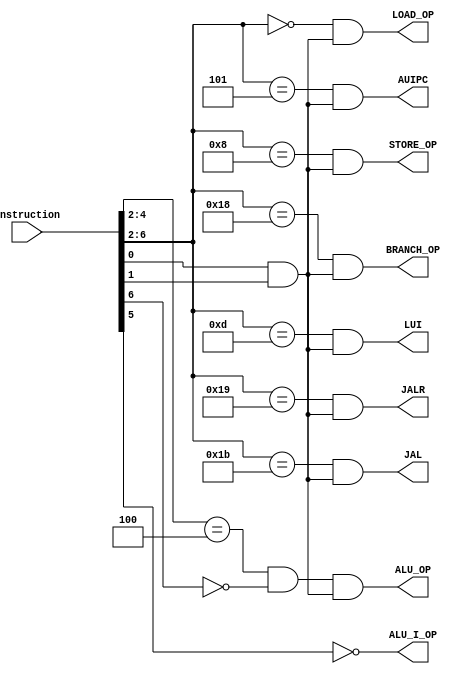
`timescale 1ns/1ps

module decoder(
    instruction,
    ALU_OP,
    ALU_I_OP,
    LOAD_OP,
    STORE_OP,
    BRANCH_OP,
    LUI,
    AUIPC,
    JAL,
    JALR
);

    input wire [31:0] instruction;
    // Compute instructions
    output wire ALU_OP;
    output wire ALU_I_OP;
    // Memory instructions
    output wire LOAD_OP;  
    output wire STORE_OP; 
    // Branch instructions
    output wire BRANCH_OP;
    // Special instructions
    output wire LUI;
    output wire AUIPC;
    output wire JAL;
    output wire JALR;

    wire valid_op;
    wire [6:0] opcode = instruction[6:0];
    // Opcode decoding
    assign valid_op  = opcode[0] && opcode[1];
    assign ALU_OP    = opcode[4:2] == 3'b100 && !opcode[6] && valid_op;
    assign ALU_I_OP  = !opcode[5];
    assign LOAD_OP   = opcode[6:2] == 5'b00000 && valid_op;
    assign STORE_OP  = opcode[6:2] == 5'b01000 && valid_op;
    assign BRANCH_OP = opcode[6:2] == 5'b11000 && valid_op;
    assign LUI       = opcode[6:2] == 5'b01101 && valid_op;
    assign AUIPC     = opcode[6:2] == 5'b00101 && valid_op;
    assign JAL       = opcode[6:2] == 5'b11011 && valid_op;
    assign JALR      = opcode[6:2] == 5'b11001 && valid_op;


endmodule